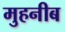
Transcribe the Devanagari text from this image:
मुहनीब